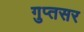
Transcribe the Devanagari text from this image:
गुप्तसर